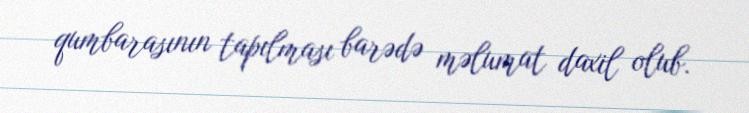
qumbarasının tapılması barədə məlumat daxil olub.